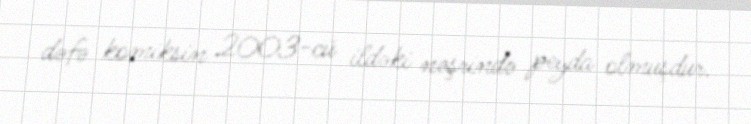
dəfə komiksin 2003-cü ildəki nəşrində peyda olmuşdur.